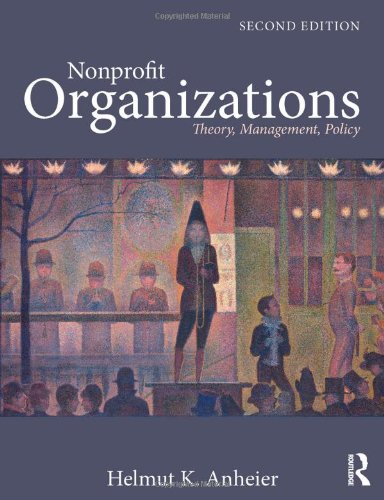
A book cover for Nonprofit Organizations: Theory, Management, Policy; Helmut K. Anheier; Politics & Social Sciences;